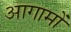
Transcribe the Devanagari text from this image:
आगामों